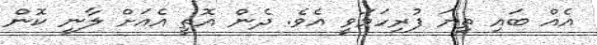
އެއް ބައި ތިޔަ ފުރިހަމަވީ އެވެ. ދެން އޮތީ އެއަށް ލާނީ ކޮން